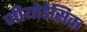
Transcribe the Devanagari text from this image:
जीयोडेसिक